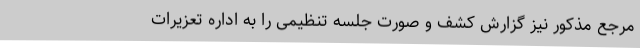
مرجع مذکور نیز گزارش کشف و صورت‌ جلسه تنظیمی را به اداره تعزیرات